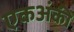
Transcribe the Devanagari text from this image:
एकअंकी